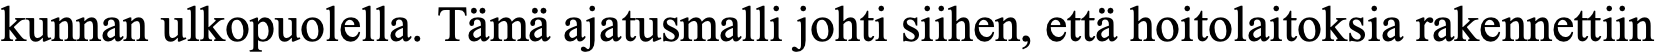
kunnan ulkopuolella. Tämä ajatusmalli johti siihen, että hoitolaitoksia rakennettiin